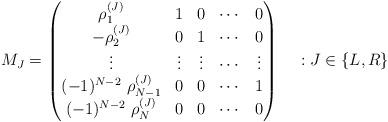
LaTeX: \begin{align*}M_J =\begin{pmatrix}\rho^{(J)}_1 & 1 & 0 & \cdots & 0 \\- \rho^{(J)}_2 & 0 & 1 & \cdots & 0 \\\vdots & \vdots & \vdots & \cdots & \vdots \\(-1)^{N-2} ~ \rho^{(J)}_{N-1} & 0 & 0 & \cdots & 1 \\(-1)^{N-2} ~ \rho^{(J)}_N & 0 & 0 & \cdots & 0\end{pmatrix} ~~~ : J \in \left\lbrace L,R \right\rbrace\end{align*}